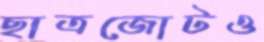
ছাত্রজোটও